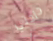
حاجتي